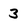
Character: 3